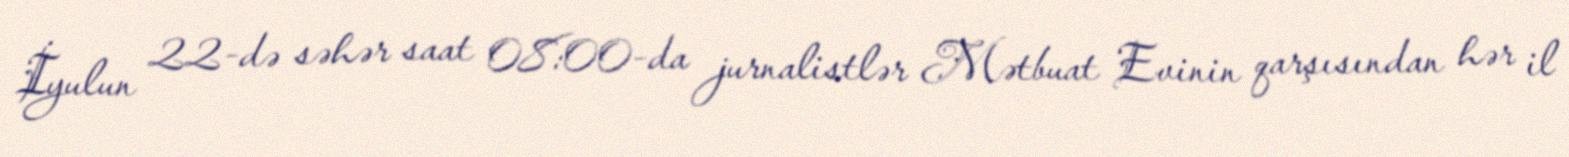
İyulun 22-də səhər saat 08:00-da jurnalistlər Mətbuat Evinin qarşısından hər il